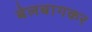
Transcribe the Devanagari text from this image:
बेलबागकर